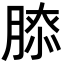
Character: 𦞃